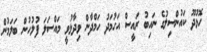
ހޮޅުދޫ ކައުންސިލުގެ ނައިބު ރައީސް އަހުމަދު ހަމްދާން ވިދާޅުވީ މައްސަލަ ފުލުހުން ބަލަމުން